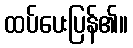
ထပ်ပေးပြန်၏။